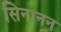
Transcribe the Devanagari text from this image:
सिनानन